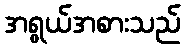
အရွယ်အစားသည်